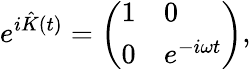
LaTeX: e^{i{\hat{K}}(t)}=\left(\begin{array}{ll}{1}&{0}\\ {0}&{e^{-i\omega t}}\end{array}\right),